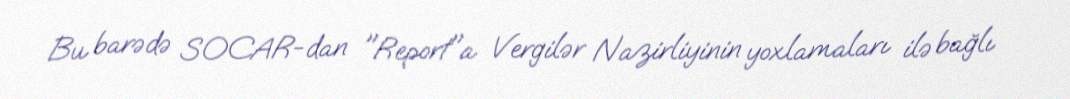
Bu barədə SOCAR-dan "Report"a Vergilər Nazirliyinin yoxlamaları ilə bağlı